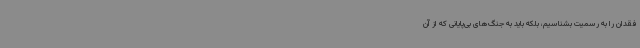
فقدان را به رسمیت بشناسیم، بلکه باید به جنگ‌های بی‌پایانی که از آن